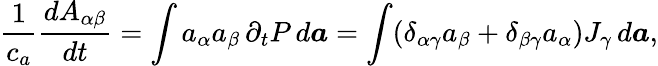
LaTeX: \frac{1}{c_{a}}\frac{dA_{\alpha\beta}}{dt}=\int a_{\alpha}a_{\beta}\, \partial_{t}P\, d\boldsymbol{a}=\int(\delta_{\alpha\gamma}a_{\beta}+\delta_{\beta\gamma}a_{\alpha})J_{\gamma}\, d\boldsymbol{a},